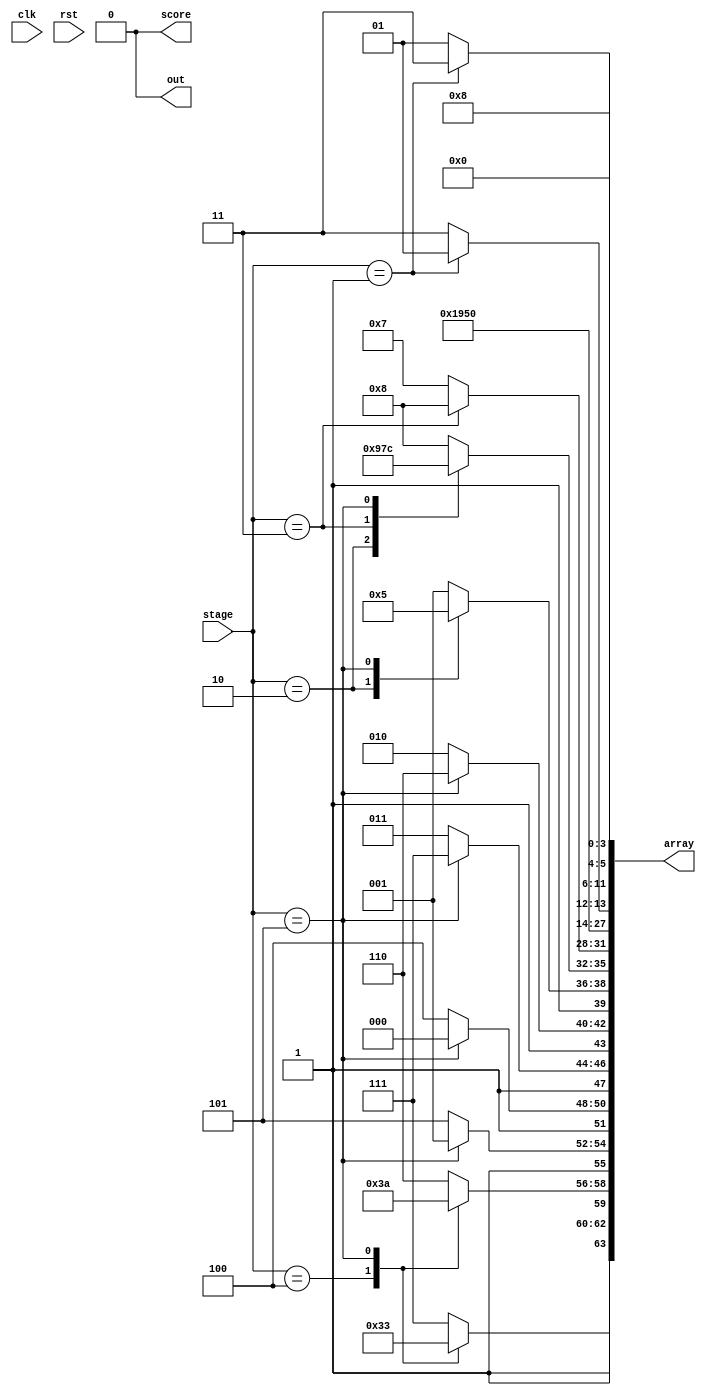
/*
   This file was generated automatically by the Mojo IDE version B1.3.6.
   Do not edit this file directly. Instead edit the original Lucid source.
   This is a temporary file and any changes made to it will be destroyed.
*/

module initialize_7 (
    input clk,
    input rst,
    input [2:0] stage,
    output reg [63:0] array,
    output reg score,
    output reg out
  );
  
  
  
  reg [63:0] number;
  
  always @* begin
    out = 1'h0;
    score = 1'h0;
    
    case (stage)
      1'h1: begin
        number[0+3-:4] = 4'h0;
        number[4+3-:4] = 4'h3;
        number[8+3-:4] = 4'h2;
        number[12+3-:4] = 4'h1;
        number[16+3-:4] = 4'h4;
        number[20+3-:4] = 4'h5;
        number[24+3-:4] = 4'h6;
        number[28+3-:4] = 4'h7;
        number[32+3-:4] = 4'h8;
        number[36+3-:4] = 4'h9;
        number[40+3-:4] = 4'ha;
        number[44+3-:4] = 4'hb;
        number[48+3-:4] = 4'hc;
        number[52+3-:4] = 4'hd;
        number[56+3-:4] = 4'he;
        number[60+3-:4] = 4'hf;
      end
      2'h2: begin
        number[0+3-:4] = 4'h0;
        number[4+3-:4] = 4'h1;
        number[8+3-:4] = 4'h2;
        number[12+3-:4] = 4'h3;
        number[16+3-:4] = 4'h4;
        number[20+3-:4] = 4'h5;
        number[24+3-:4] = 4'h6;
        number[28+3-:4] = 4'h7;
        number[32+3-:4] = 4'h9;
        number[36+3-:4] = 4'h8;
        number[40+3-:4] = 4'ha;
        number[44+3-:4] = 4'hb;
        number[48+3-:4] = 4'hc;
        number[52+3-:4] = 4'hd;
        number[56+3-:4] = 4'he;
        number[60+3-:4] = 4'hf;
      end
      2'h3: begin
        number[0+3-:4] = 4'h0;
        number[4+3-:4] = 4'h1;
        number[8+3-:4] = 4'h2;
        number[12+3-:4] = 4'h3;
        number[16+3-:4] = 4'h4;
        number[20+3-:4] = 4'h5;
        number[24+3-:4] = 4'h6;
        number[28+3-:4] = 4'h8;
        number[32+3-:4] = 4'h7;
        number[36+3-:4] = 4'h9;
        number[40+3-:4] = 4'ha;
        number[44+3-:4] = 4'hb;
        number[48+3-:4] = 4'hc;
        number[52+3-:4] = 4'hd;
        number[56+3-:4] = 4'he;
        number[60+3-:4] = 4'hf;
      end
      3'h4: begin
        number[0+3-:4] = 4'h0;
        number[4+3-:4] = 4'h1;
        number[8+3-:4] = 4'h2;
        number[12+3-:4] = 4'h3;
        number[16+3-:4] = 4'h4;
        number[20+3-:4] = 4'h5;
        number[24+3-:4] = 4'h6;
        number[28+3-:4] = 4'h7;
        number[32+3-:4] = 4'h8;
        number[36+3-:4] = 4'h9;
        number[40+3-:4] = 4'ha;
        number[44+3-:4] = 4'hb;
        number[48+3-:4] = 4'hc;
        number[52+3-:4] = 4'hd;
        number[56+3-:4] = 4'hf;
        number[60+3-:4] = 4'he;
      end
      3'h5: begin
        number[0+3-:4] = 4'h0;
        number[4+3-:4] = 4'h1;
        number[8+3-:4] = 4'h2;
        number[12+3-:4] = 4'h3;
        number[16+3-:4] = 4'h4;
        number[20+3-:4] = 4'h5;
        number[24+3-:4] = 4'h6;
        number[28+3-:4] = 4'h7;
        number[32+3-:4] = 4'hc;
        number[36+3-:4] = 4'hd;
        number[40+3-:4] = 4'he;
        number[44+3-:4] = 4'hf;
        number[48+3-:4] = 4'h8;
        number[52+3-:4] = 4'h9;
        number[56+3-:4] = 4'ha;
        number[60+3-:4] = 4'hb;
      end
      default: begin
        number[0+3-:4] = 4'h0;
        number[4+3-:4] = 4'h1;
        number[8+3-:4] = 4'h2;
        number[12+3-:4] = 4'h3;
        number[16+3-:4] = 4'h4;
        number[20+3-:4] = 4'h5;
        number[24+3-:4] = 4'h6;
        number[28+3-:4] = 4'h7;
        number[32+3-:4] = 4'h8;
        number[36+3-:4] = 4'h9;
        number[40+3-:4] = 4'ha;
        number[44+3-:4] = 4'hb;
        number[48+3-:4] = 4'hc;
        number[52+3-:4] = 4'hd;
        number[56+3-:4] = 4'he;
        number[60+3-:4] = 4'hf;
      end
    endcase
    array = number;
  end
endmodule